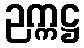
ဉက္ကဋ္ဌ